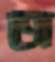
অ